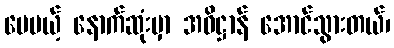
ပေမယ့် နောက်ဆုံးမှာ အဓိဋ္ဌာန် အောင်သွားတယ်၊